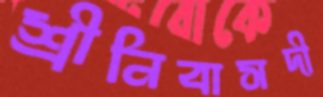
শ্রীনিবাসদী